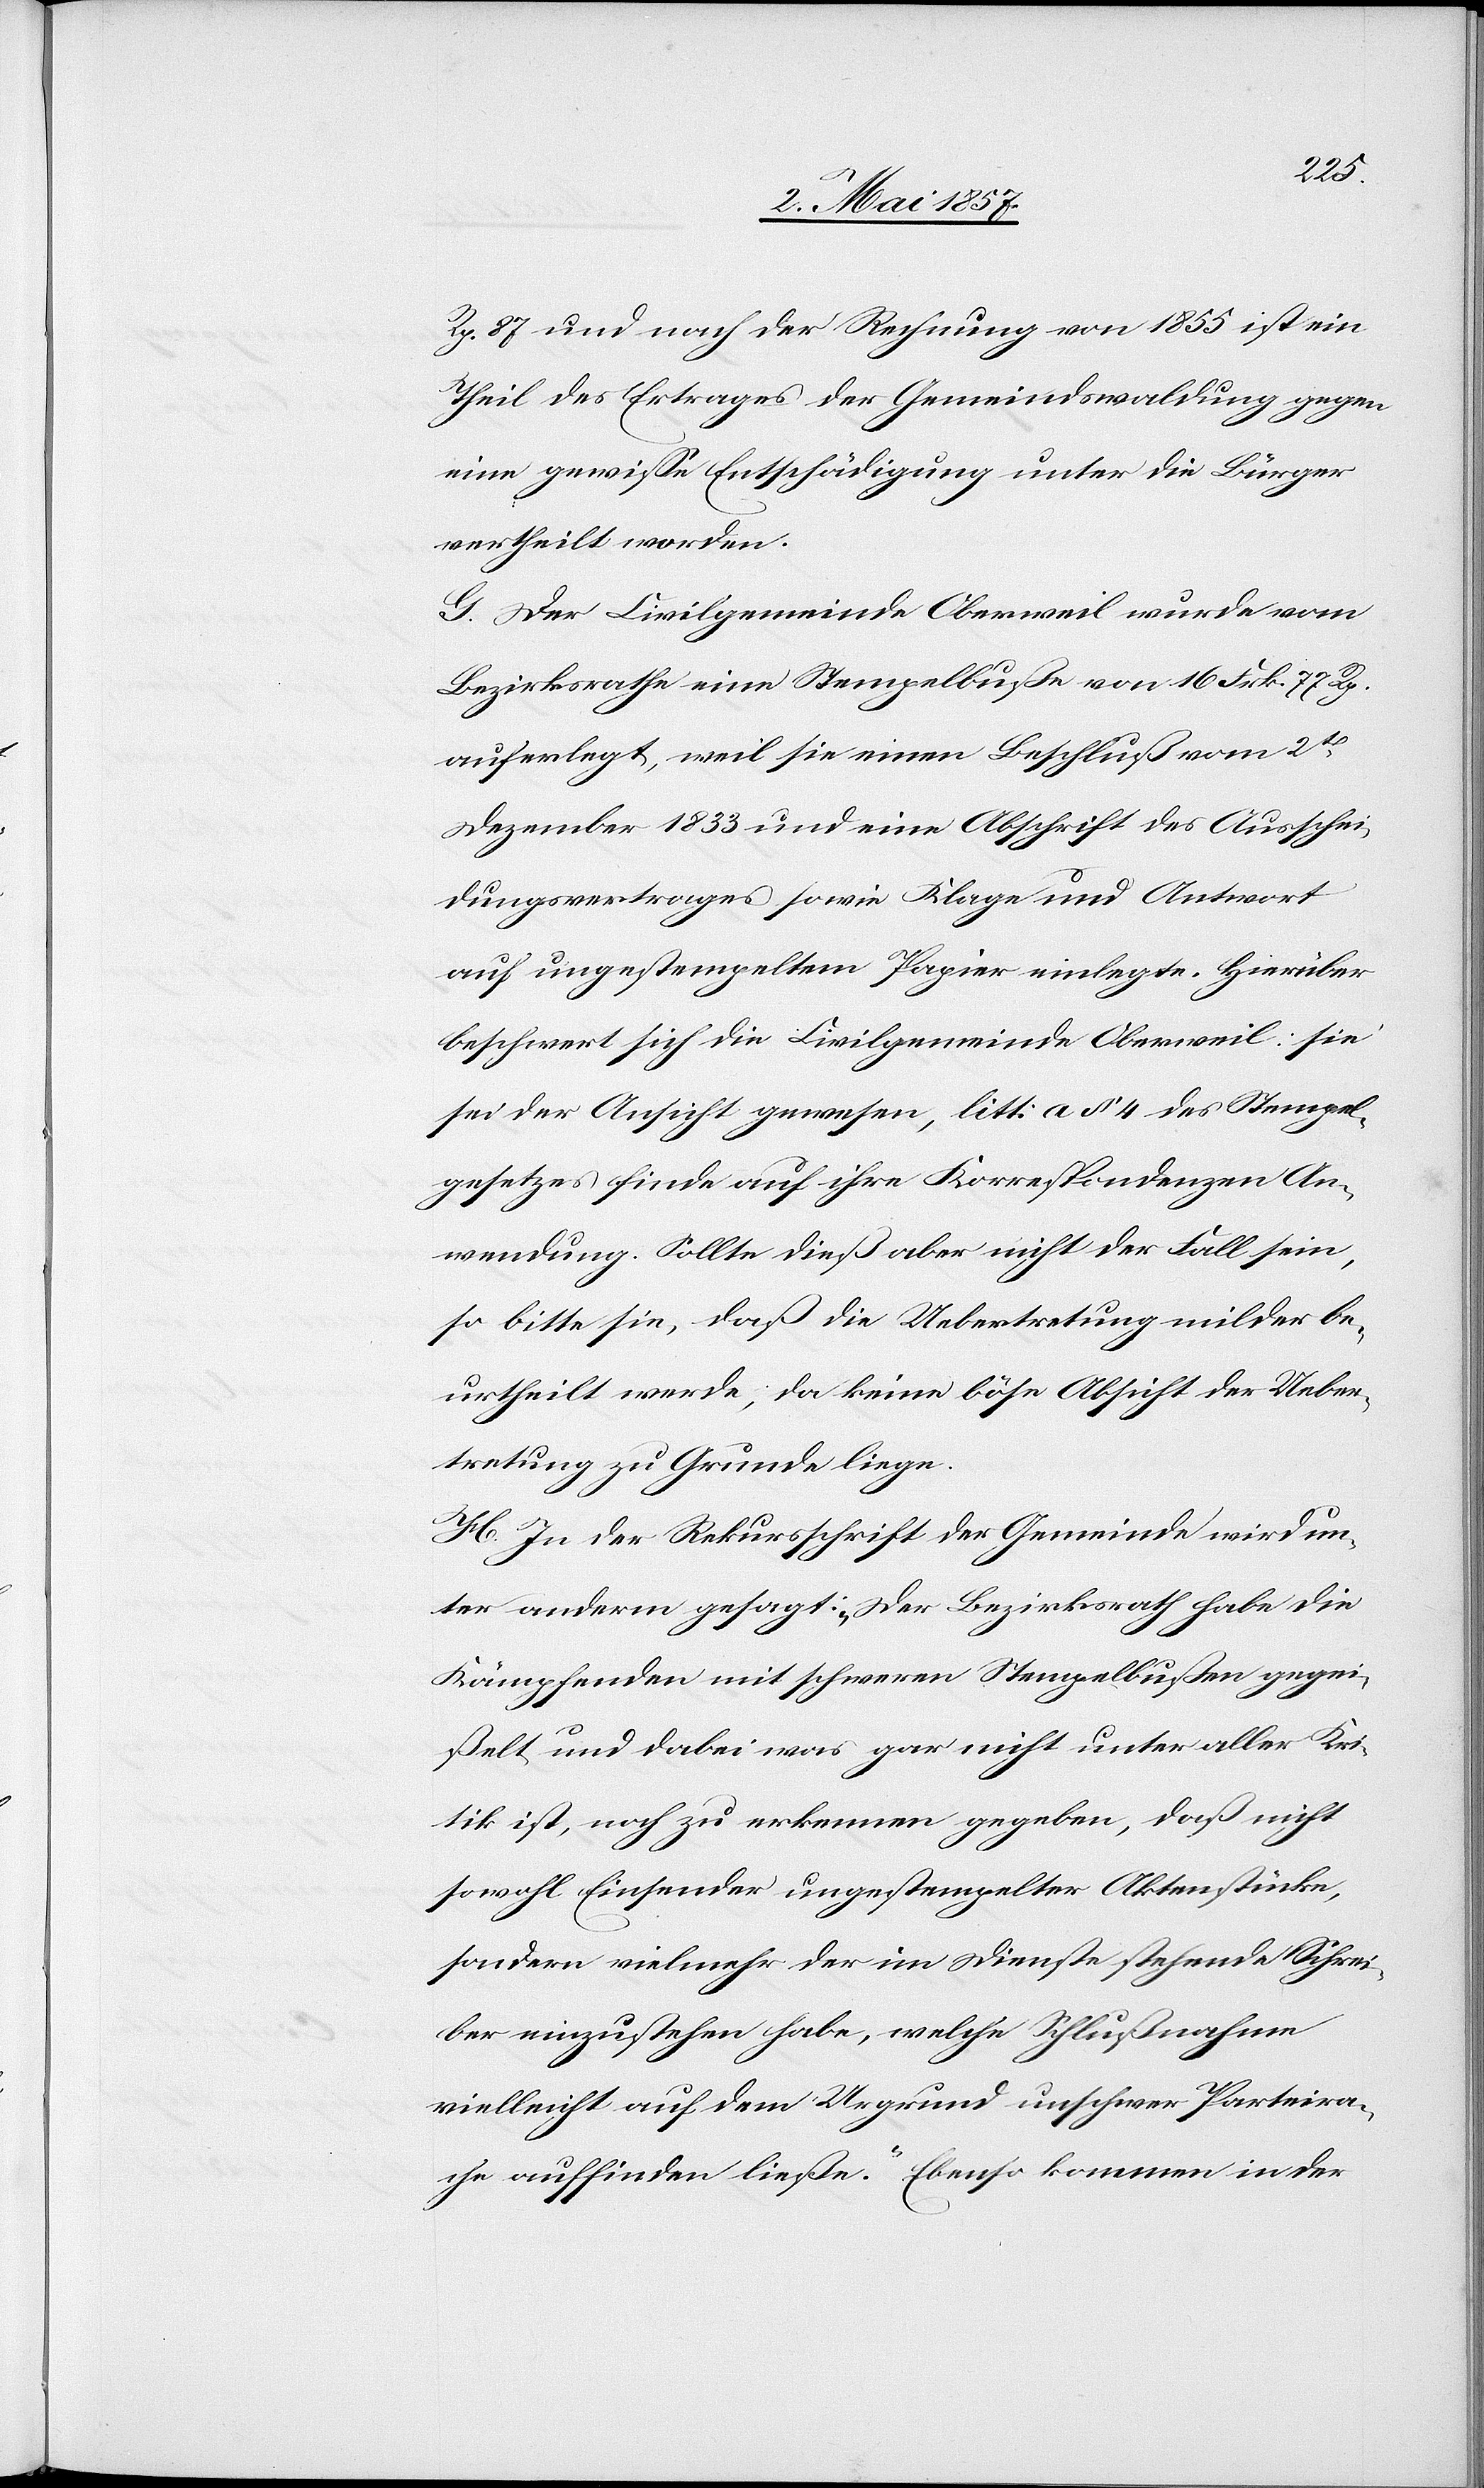
Rp. 87 und nach der Rechnung von 1855 ist ein
Theil des Ertrages der Gemeindswaldung gegen
eine gewisse Entschädigung unter die Bürger
vertheilt worden.
G. Der Civilgemeinde Oberweil wurde vom
Bezirksrathe eine Stempelbuße von 16 Frk. 77 Rp.
auferlegt, weil sie einen Beschluß vom 2t
Dezember 1833 und eine Abschrift des Ausschei¬
dungsvertrages sowie Klage und Antwort
auf ungestempeltem Papier einlegte. Hierüber
beschwert sich die Civilgemeinde Oberweil: sie
sei der Ansicht gewesen, litt: a § 4 des Stempel¬
gesetzes finde auf ihre Korrespondenzen An¬
wendung. Sollte dieß aber nicht der Fall sein,
so bitte sie, daß die Uebertretung milder be¬
urtheilt werde, da keine böse Absicht der Uebe¬
tretung zu Grunde liege.
H. In der Rekursschrift der Gemeinde wird un¬
ter anderm gesagt: „Der Bezirksrath habe die
Kämpfenden mit schweren Stempelbußen gegei¬
ßelt und dabei was gar nicht unter aller Kri¬
tik ist, noch zu erkennen gegeben, daß nicht
sowohl Einsender ungestempelter Aktenstücke,
sondern vielmehr der im Dienste stehende Schrei¬
ber einzustehen habe, welche Schlußnahme
vielleicht auf dem Urgrund unschwer Parteira¬
che auffinden ließe.“ Ebenso kommen in der